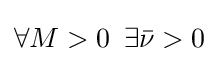
\forall M>0\,~\exists {\bar {\nu }}>0